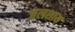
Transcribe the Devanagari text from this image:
जलशाय